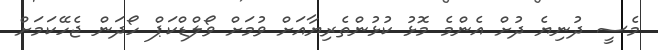
މެސީ ދުނިޔެ ދުށް އެންމެ މޮޅު ކުޅުންތެރިޔާއަށް ވުމަށް ވޯލްޑްކަޕް ހޯދަން ޖެހޭކަމަށް